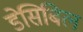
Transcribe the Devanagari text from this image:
डेसिबिल